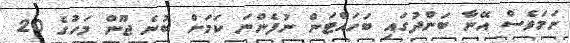
ނަމަވެސް އޭނާ ބަންދުގައި ބަހައްޓަން ނުފެންނަ ކަމަށް ބުނެ ޖޫން މަހުގެ 20